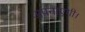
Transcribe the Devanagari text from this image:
अपनाएगी।